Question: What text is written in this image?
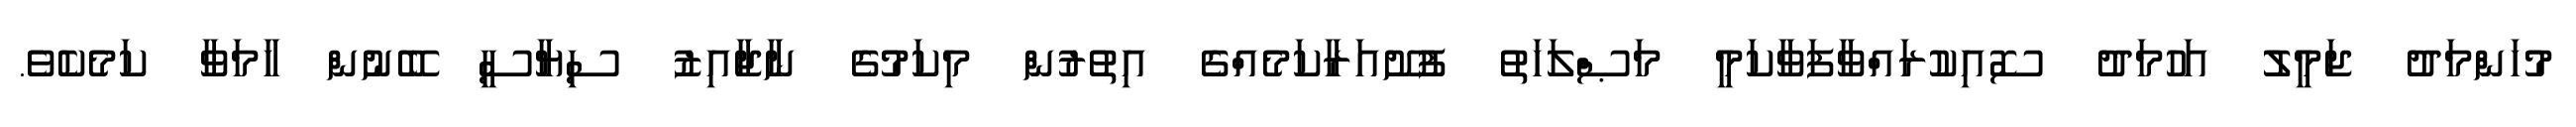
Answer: މުހަންމަދު ޖަމީލު އަހުމަދު ސޮއިކުރައްވާފަވާކަމީ މަޞްލަހަތު ފުށޫއަރާކަމެއްގެ އިތުރުން މިކަމުގެ ނާޖާއިޒު ސިޔާސީ ބޭނުން ހާމަވާ ކަމެކެވެ.